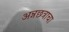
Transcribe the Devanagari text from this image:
अन्नछत्राचा